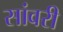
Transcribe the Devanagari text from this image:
सांवरी